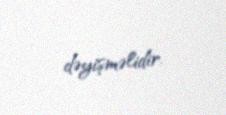
dəyişməlidir.